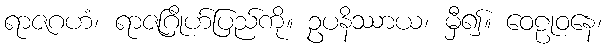
ရာဇဂဟံ၊ ရာဇဂြိုဟ်ပြည်ကို။ ဥပနိဿာယ၊ မှီ၍။ ဝေဠုဝနေ၊